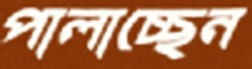
পালাচ্ছেন